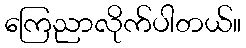
ကြေညာလိုက်ပါတယ်။